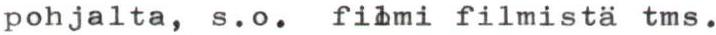
pohjalta, s.o. filmi filmistä tms.